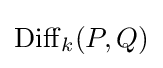
\mathrm {Diff} _{k}(P,Q)